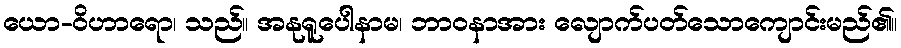
ယော-ဝိဟာရော၊ သည်။ အနုရူပေါနာမ၊ ဘာဝနာအား လျောက်ပတ်သောကျောင်းမည်၏။